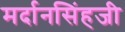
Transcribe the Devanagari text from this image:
मर्दानसिंहजी